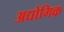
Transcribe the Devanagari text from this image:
अद्योगिक